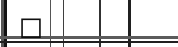
٢